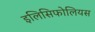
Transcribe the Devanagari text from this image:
इलिसिफोलियस